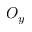
O _ { y }